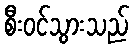
စီးဝင်သွားသည်